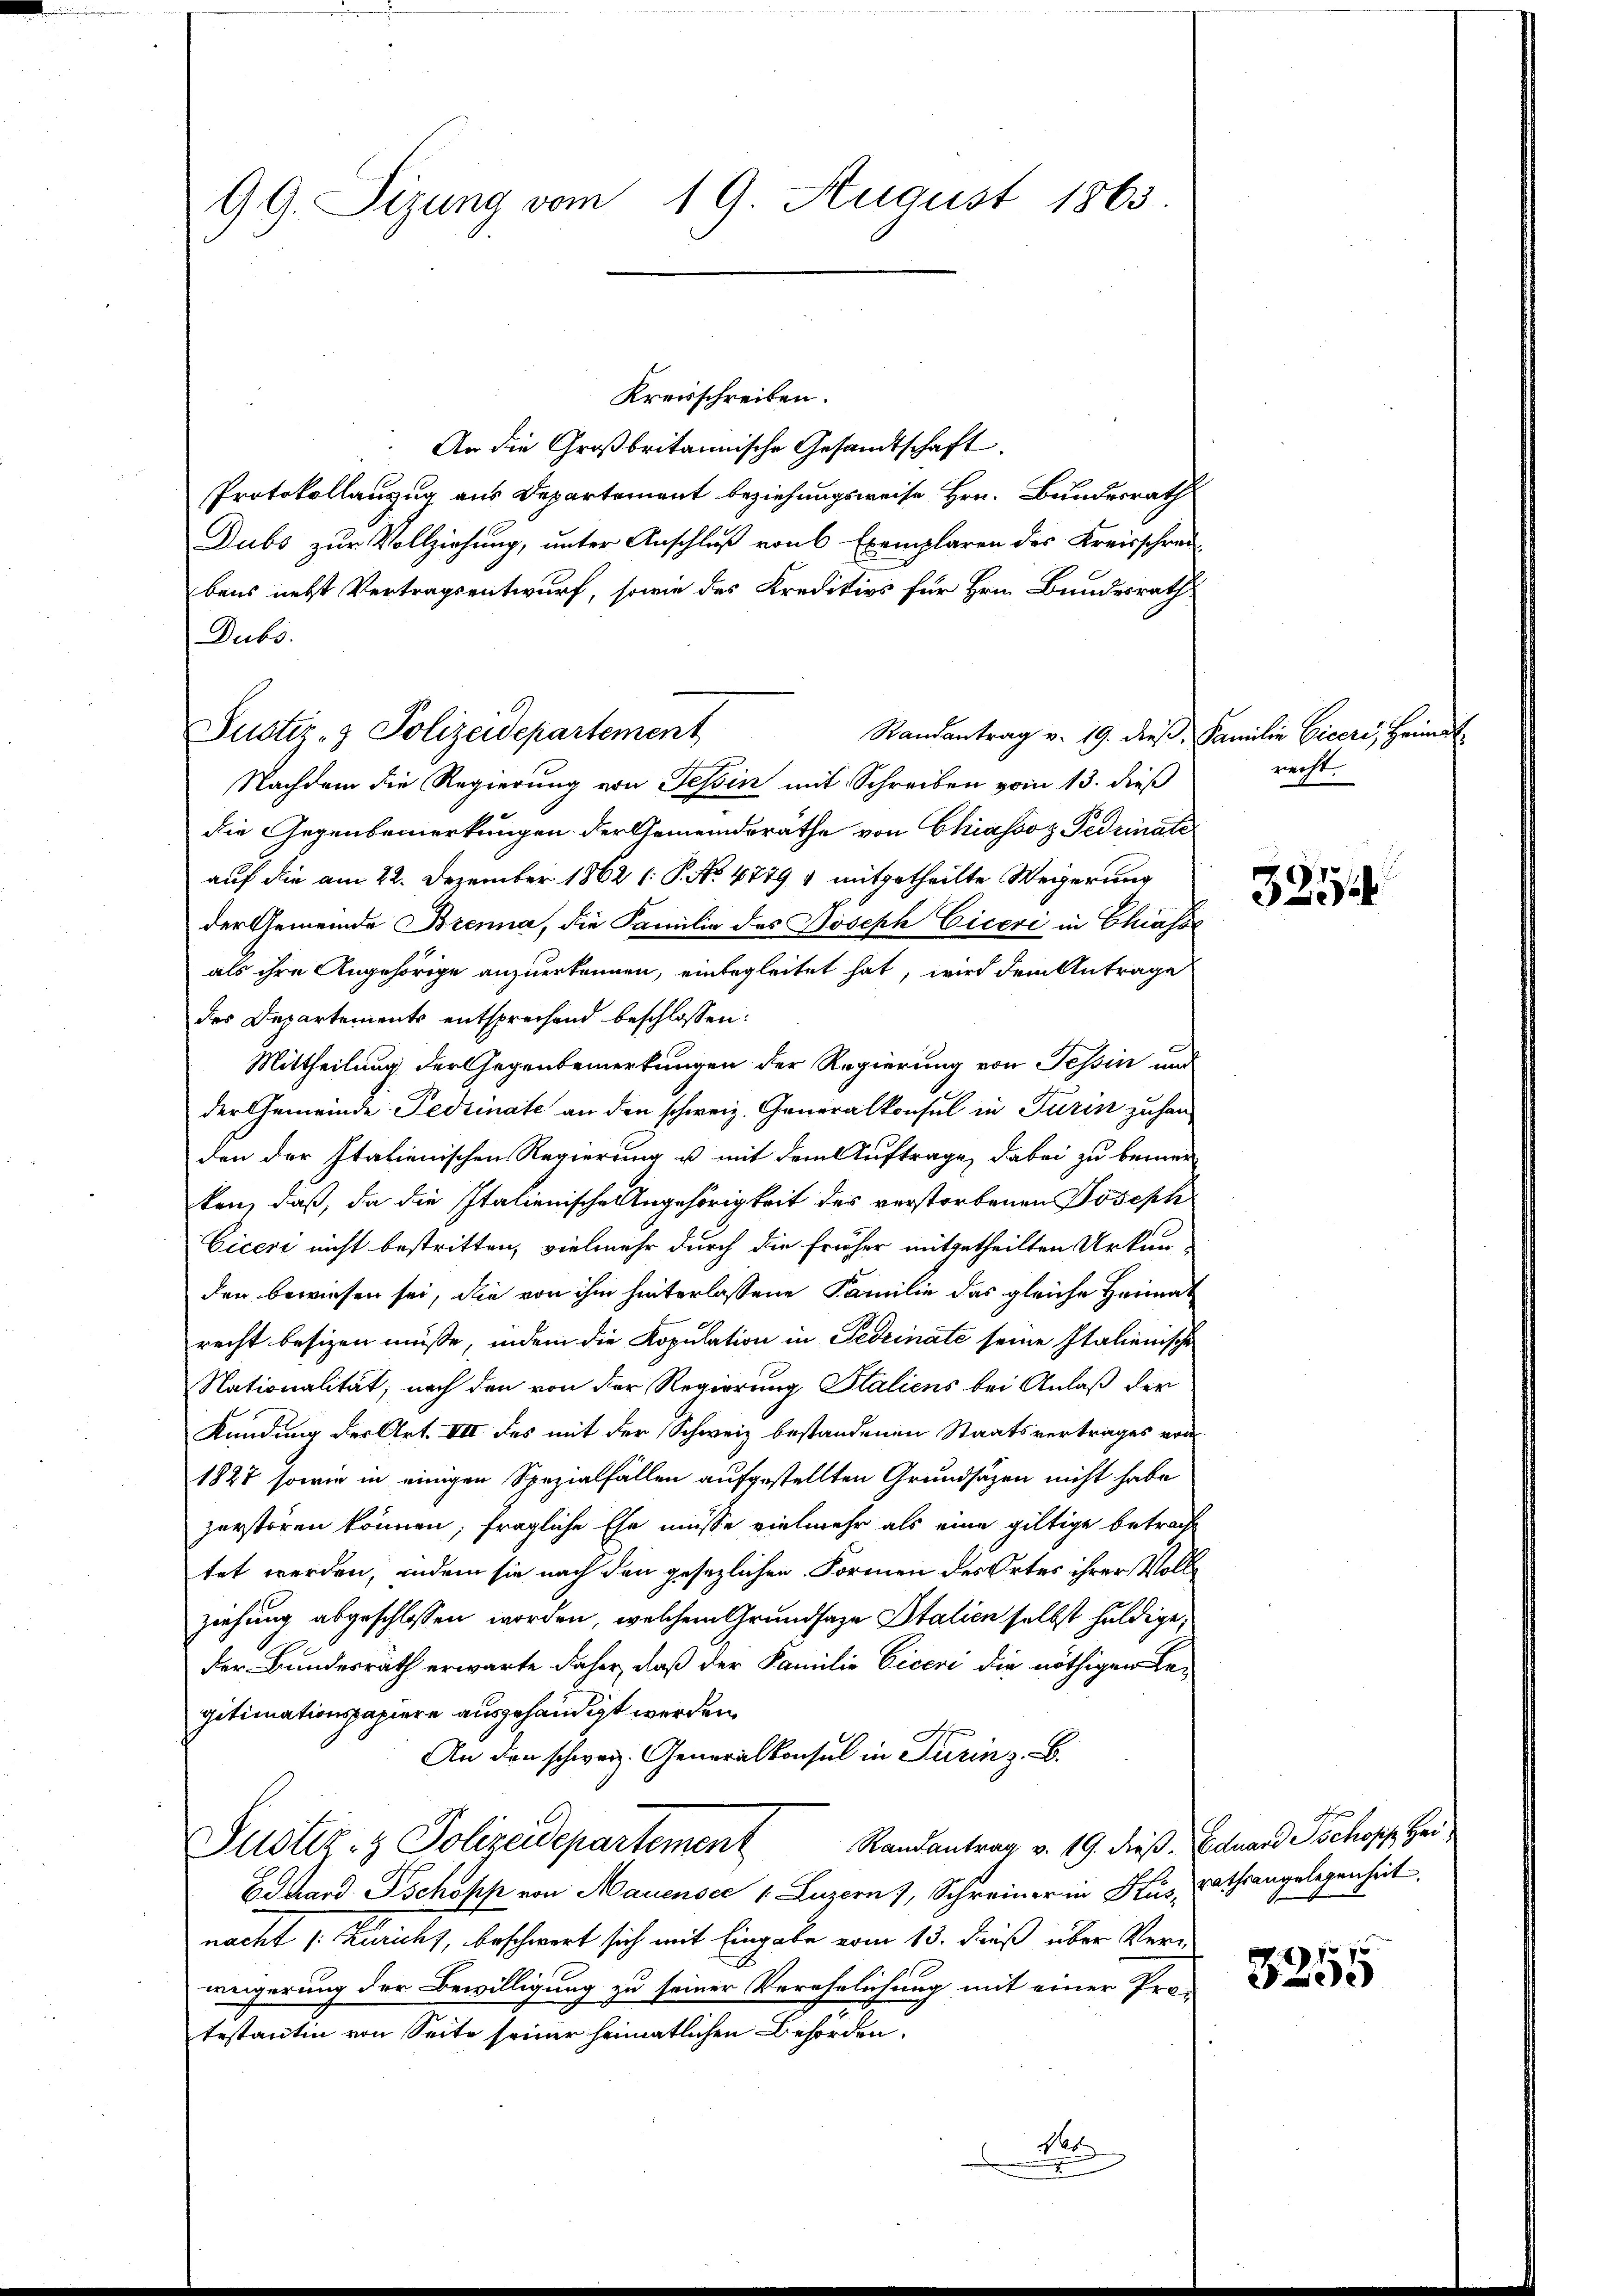
99. Sizung vom 19. August 1863.

Kreisschreiben.
An die Großbritannische Gesandtschaft.
Protokollanzug aus Departement beziehungsweise Hrn. Bundesrath
Dubs zur Vollziehung, unter Anschluß von 6 Exemplaren des Kreisschrei-
bens nebst Vertragsentwurf, sowie des Kreditivs für Hrn. Bundesrath
Dubs.
Randantrag v. 19. dieß, Familie Ciceri, Heimat
Nachdem die Regierung von Tessin mit Schreiben vom 13. dieß
die Gegenbemerkungen der Gemeindsräthe von Chiassoz Fedinate
auf die am 22. Dezember 1862 (: P. No. 4779 & mitgetheilte Weigerung
der Gemeinde Brenna, die Familie des Joseph Ciceri in Chiasse
als ihre Angehörige anzuerkennen, einbegleitet hat, wird dem Antrage
des Departements entsprechend beschlossen:
Mittheilung der Gegenbemerkungen der Regierung von Tessin und
der Gemeinde Fediinate an den schweiz. Generalkonsul in Turin zuhan
den der Italienischen Regierung u mit dem Auftrage, dabei zu bemer
ken, daß, da die Italienische Angehörigkeit des verstorbenen Joseph
Cicere nicht bestritten, vielmehr durch die früher mitgetheilten Urkun-
den bewiesen sei, die von ihm hinterlassene Familie das gleiche Heimat
recht besizen müsse, indem die Kopulation in Bedinate seine Italienische
Nationalität; nach den von der Regierung Staliens bei Anlaß der
Kündung der Art. VIII des mit der Schweiz bestandenen Staatsvertrages von
1827, sowie in einigen Spezialfällen aufgestellten Grundsätzen nicht habe
zerstören können, fragliche Ehe müsse vielmehr als eine giltige betracht
tet werden, indem sie nach den gesezlichen Formen des Ortes ihrer Vollziehung abgeschlossen worden, welchem Grundsaze Italien selbst huldige,
der Bundesrath erwarte daher, daß der Familie Ciceri die nöthigen Legitimationspapiere ausgehändigt werden.
An den schweiz. Generalkonsul in Turin z. B.
Justiz- & Polizeidepartement Randantrag v. 19. dieß. Eduarde schof Hei¬
BSchand Ischopp von Mauensee (Luzern), Schreiner in Kus, Rathsangelegenheit.
nacht s. Zuricht, beschwert sich mit Eingabe vom 13. Finß über Ver-
weigerung der Bewilligung zu seiner Verehrlichung mit einer Pro-
testantin von Seite seiner heimatlichen Behörden.
1
wende
x

Justiz- & Polizeidepartement

recht.

3254

schchen

3255